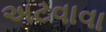
અટવાવા